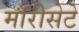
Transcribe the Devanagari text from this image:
मॉरीसेटे